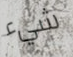
شيء